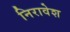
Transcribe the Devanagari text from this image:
निरावेश